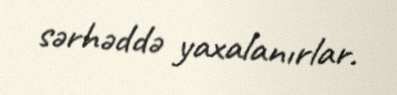
sərhəddə yaxalanırlar.